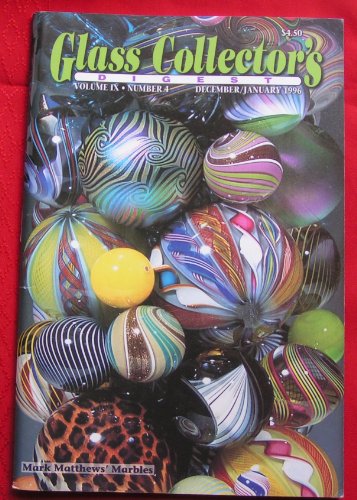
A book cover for Glass Collectors Digest December/January 1996, Volume IX Number 4 (Mark Matthew's Marbles Cover); Crafts, Hobbies & Home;